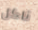
ناكل